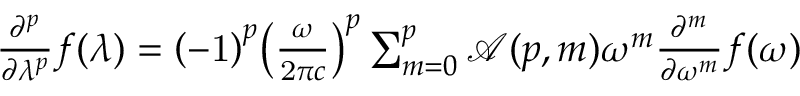
{ \begin{array} { c } { { \frac { { \partial } ^ { p } } { \partial { \lambda } ^ { p } } } f \mathrm { ( } \lambda \mathrm { ) } = { \left( \mathrm { - } \mathrm { 1 } \right) } ^ { p } { \left( { \frac { \omega } { \mathrm { 2 } \pi c } } \right) } ^ { p } \sum _ { m = { 0 } } ^ { p } { { \mathcal { A } } \mathrm { ( } p , m \mathrm { ) } { \omega } ^ { m } { \frac { { \partial } ^ { m } } { \partial { \omega } ^ { m } } } f \mathrm { ( } \omega \mathrm { ) } } } \end{array} }